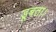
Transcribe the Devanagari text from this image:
डूबता।